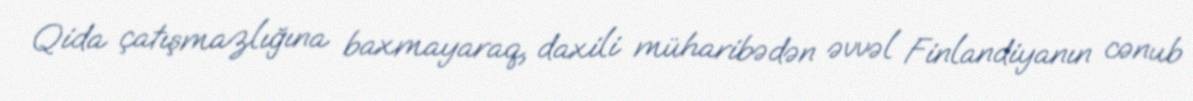
Qida çatışmazlığına baxmayaraq, daxili müharibədən əvvəl Finlandiyanın cənub